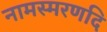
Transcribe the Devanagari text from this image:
नामस्मरणदि